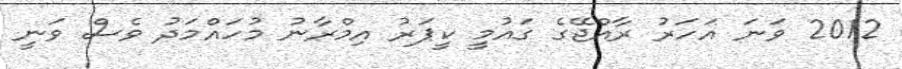
2012 ވަނަ އަހަރު ރާއްޖޭގެ ގައުމީ ކީޕަރު އިމްރާނު މުހައްމަދު ވެސް ވަނީ